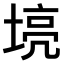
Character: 𫮌